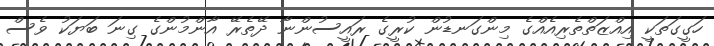
ހަގީގަތަކީ އިއްޒަތްތެރިއެއްގެ މިންގަނޑުން ކުރީގެ ރައީސުންނާ ދޭތެރޭ އާންމުންގެ ގިނަ ބަޔަކު ވެސް